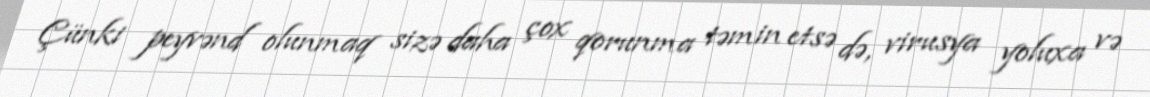
Çünki peyvənd olunmaq sizə daha çox qorunma təmin etsə də, virusya yoluxa və